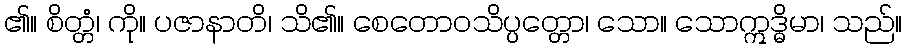
၏။ စိတ္တံ၊ ကို။ ပဇာနာတိ၊ သိ၏။ စေတောဝသိပ္ပတ္တော၊ သော။ သောဣဒ္ဓိမာ၊ သည်။